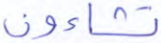
تشاءون